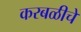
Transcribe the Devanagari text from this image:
करबळीचे